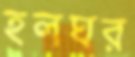
হলঘর